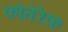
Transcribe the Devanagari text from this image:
कोतेरेक